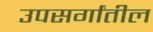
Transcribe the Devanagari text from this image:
उपसर्गांतील